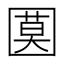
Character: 𡈗